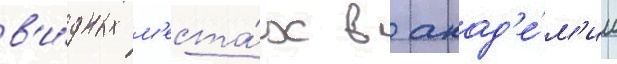
в'и́дных м'еста́х в акад'е́м'ии